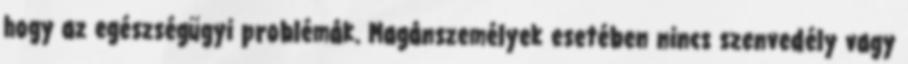
hogy az egészségügyi problémák. Magánszemélyek esetében nincs szenvedély vagy